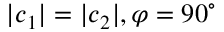
\lvert \boldsymbol c _ { 1 } \rvert = \lvert \boldsymbol c _ { 2 } \rvert , \varphi = 9 0 ^ { \circ }